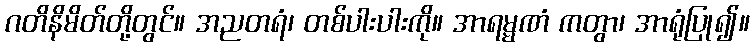
ဂတိနိမိတ်တို့တွင်။ အညတရံ၊ တစ်ပါးပါးကို။ အာရမ္မဏံ ကတွာ၊ အာရုံပြု၍။